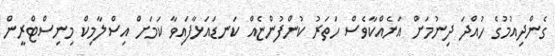
ގެންދިއުމުގެ ހުއްދަ ދިނުމަށް އަނެއްކާވެސް ހަތަރު ކުންފުންޏެއް ކަނޑައަޅާފައިވާ ކަމަށް އިސްލާމިކް މިނިސްޓްރީން